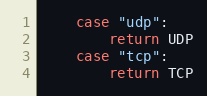
Language: Go
	case "udp":
		return UDP
	case "tcp":
		return TCP